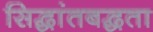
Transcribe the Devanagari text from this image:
सिद्धांतबद्धता